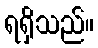
ရရှိသည်။